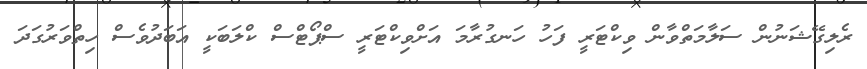
ރެލިގޭޝަނުން ސަލާމަތްވާން ވިކްޓަރީ ފަހު ހަނގުރާމަ އަށްވިކްޓަރީ ސްޕޯޓްސް ކްލަބަކީ އަބަދުވެސް ހިތްވަރުގަދަ